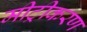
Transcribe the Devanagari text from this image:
मीट्रीकरण